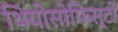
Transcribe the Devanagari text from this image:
थियोसोफिस्टों